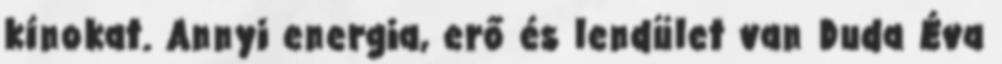
kínokat. Annyi energia, erő és lendület van Duda Éva